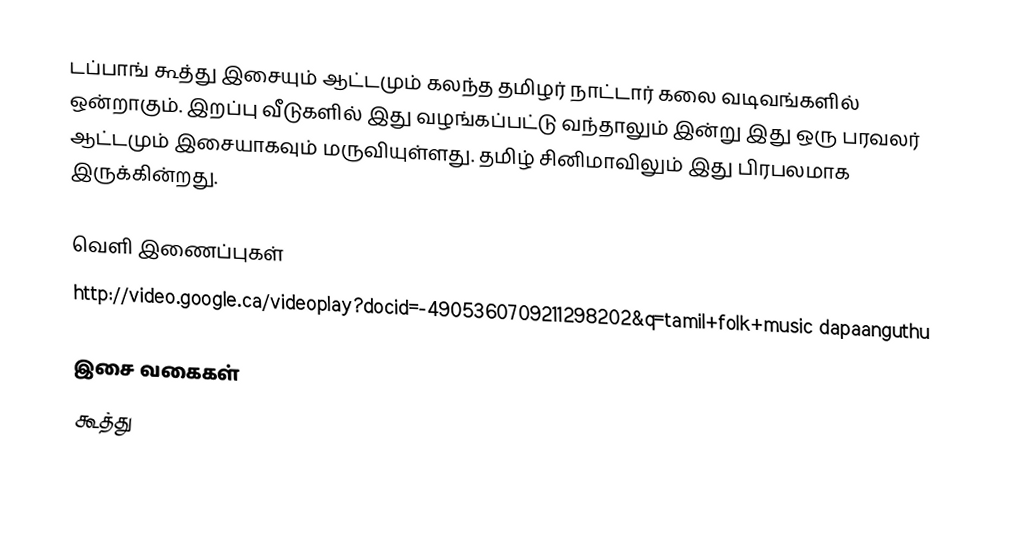
டப்பாங் கூத்து இசையும் ஆட்டமும் கலந்த தமிழர் நாட்டார் கலை வடிவங்களில் ஒன்றாகும்.  இறப்பு வீடுகளில் இது வழங்கப்பட்டு வந்தாலும் இன்று இது ஒரு பரவலர் ஆட்டமும் இசையாகவும் மருவியுள்ளது.  தமிழ் சினிமாவிலும் இது பிரபலமாக இருக்கின்றது.

வெளி இணைப்புகள்
 http://video.google.ca/videoplay?docid=-4905360709211298202&q=tamil+folk+music  dapaanguthu

இசை வகைகள்
கூத்து